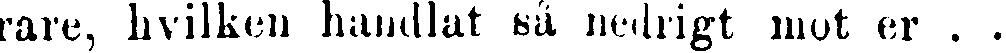
rare, hvilken handlat så nedrigt mot er . .